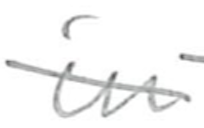
Text: in
Cross-out: diagonal
Writing tool: pencil